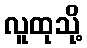
လူထုသို့